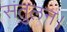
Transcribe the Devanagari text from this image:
संतुलन।